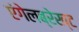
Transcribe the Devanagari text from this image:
एंगेलब्रेख्ट